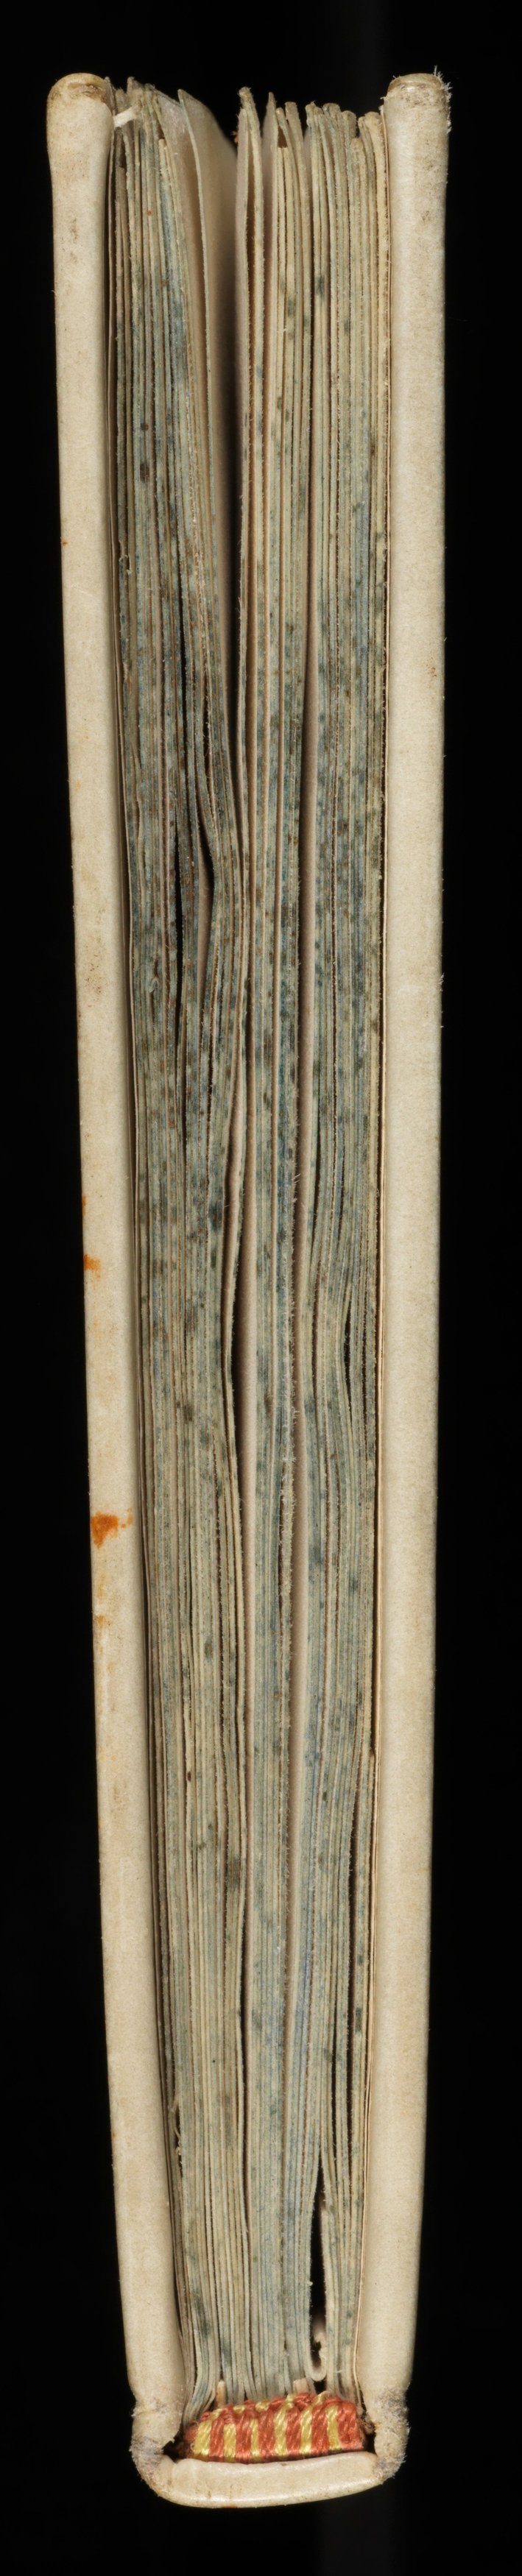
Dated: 1100–1199